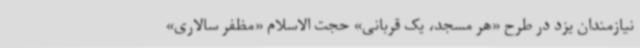
نیازمندان یزد در طرح «هر مسجد، یک قربانی» حجت الاسلام «مظفر سالاری»